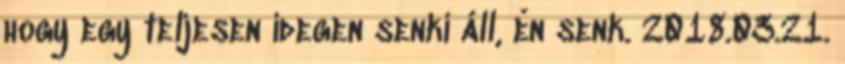
hogy egy teljesen idegen senki áll, èn senk. 2018.03.21.